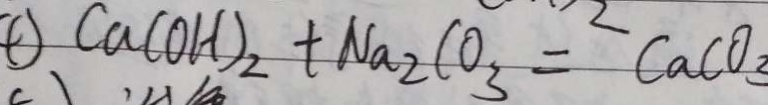
C a ( O H ) _ { 2 } + N a _ { 2 } C O _ { 3 } = C a C O _ { 3 }